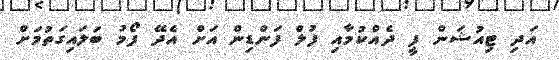
އަދި ޓިއުޝަން ފީ ދެއްކުމާއި ފުލް ފަންޑިން އަށް އެދޭ ފޯމު ބަލައިގަތުމަށް